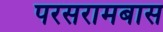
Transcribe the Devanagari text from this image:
परसरामबास